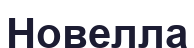
Новелла